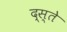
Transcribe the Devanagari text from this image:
द्स्ते